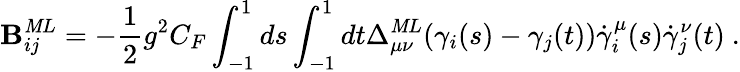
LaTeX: {\cal\mathbf{B}}_{ij}^{\mathit{M}L}=-{\frac{{1}}{{2}}}g^{2}C_{F}\int_{-1}^{1}ds\int_{-1}^{1}dt\Delta_{\mu\nu}^{\mathit{M}L}(\gamma_{i}(s)-\gamma_{j}(t))\dot{{\gamma}}_{i}^{\mu}(s)\dot{{\gamma}}_{j}^{\nu}(t)\ .